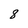
Character: 8